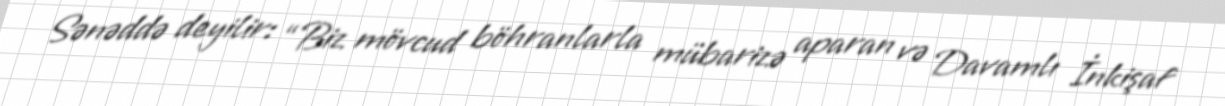
Sənəddə deyilir: “Biz mövcud böhranlarla mübarizə aparan və Davamlı İnkişaf